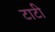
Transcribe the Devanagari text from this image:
टाटी